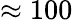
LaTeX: \approx 100